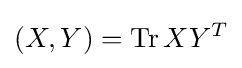
(X,Y)=\mathrm {Tr} \,XY^{T}